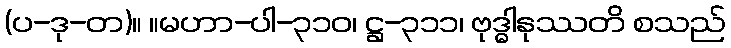
(ပ-ဒု-တ)။ ။မဟာ-ပါ-၃၁၀၊ ဋ္ဌ-၃၁၁၊ ဗုဒ္ဓါနုဿတိ စသည်